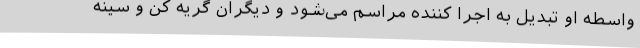
واسطه او تبدیل به اجرا کننده مراسم می‌شود و دیگران گریه کن و سینه